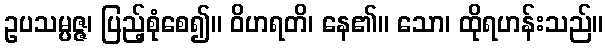
ဥပသမ္ပဇ္ဇ၊ ပြည့်စုံစေ၍။ ဝိဟရတိ၊ နေ၏။ သော၊ ထိုရဟန်းသည်။